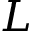
L